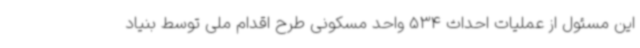
این مسئول از عملیات احداث 534 واحد مسکونی طرح اقدام ملی توسط بنیاد